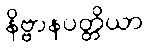
နိဗ္ဗာနပတ္တိယာ